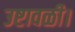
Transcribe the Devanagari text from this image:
उष्टावळी।